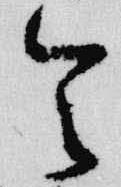
令